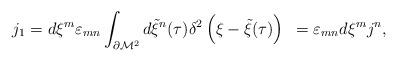
LaTeX: \begin{align*}j_1 = d\xi^{m} \varepsilon_{mn} \int_{\partial {\cal M}^{2}}d{\tilde \xi}^{n} (\tau )\delta^{2} \left( \xi - {\tilde \xi} (\tau )\right)~=\varepsilon_{mn} d\xi^{m} j^{n}, \qquad\end{align*}